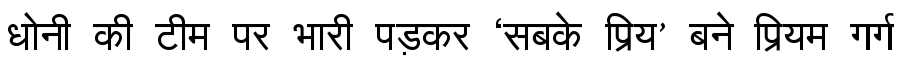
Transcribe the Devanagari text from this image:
धोनी की टीम पर भारी पड़कर ‘सबके प्रिय’ बने प्रियम गर्ग